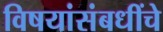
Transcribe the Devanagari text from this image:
विषयांसंबधींचे